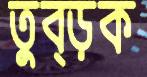
তুব্‌ড়ক